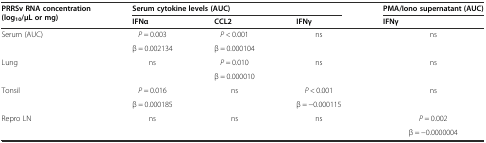
| <ROWSPAN=2> PRRSv RNA concentration (log10/μL or mg) | <COLSPAN=3> Serum cytokine levels (AUC) | PMA/Iono supernatant (AUC) |
 | IFNα | CCL2 | IFNγ | IFNγ |
 | --- | --- | --- | --- | --- |
 | <ROWSPAN=2> Serum (AUC) | P = 0.003 | P < 0.001 | <ROWSPAN=2> ns | <ROWSPAN=2> ns |
 | β = 0.002134 | β = 0.000104 |
 | <ROWSPAN=2> Lung | <ROWSPAN=2> ns | P = 0.010 | <ROWSPAN=2> ns | <ROWSPAN=2> ns |
 | β = 0.000010 |
 | <ROWSPAN=2> Tonsil | P = 0.016 | <ROWSPAN=2> ns | P < 0.001 | <ROWSPAN=2> ns |
 | β = 0.000185 | β = −0.000115 |
 | <ROWSPAN=2> Repro LN | <ROWSPAN=2> ns | <ROWSPAN=2> ns | <ROWSPAN=2> ns | P = 0.002 |
 | β = −0.0000004 |